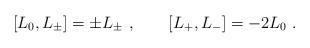
LaTeX: \begin{align*}[L_0, L_{\pm}] = \pm L_{\pm} \ , \qquad [L_+, L_-] = -2 L_0 \ .\end{align*}